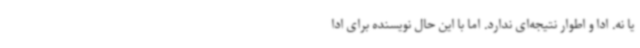
یا نه. ادا و اطوار نتیجه‌ای ندارد. اما با این حال نویسنده برای ادا